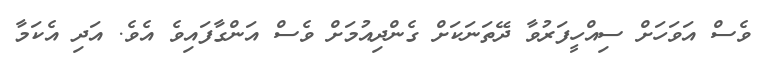
ވެސް އަވަހަށް ސިއްހީފަރުވާ ދޭތަނަކަށް ގެންދިއުމަށް ވެސް އަންގާފައިވެ އެވެ. އަދި އެކަމާ